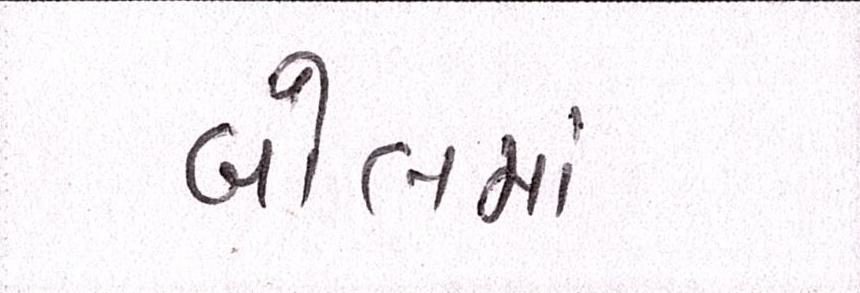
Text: બોલમાં